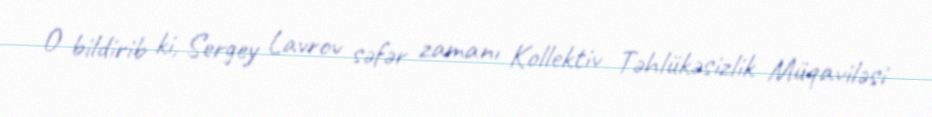
O bildirib ki, Sergey Lavrov səfər zamanı Kollektiv Təhlükəsizlik Müqaviləsi